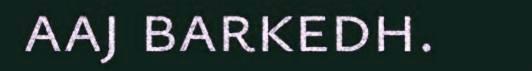
aaj barkedh.